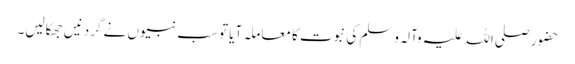
حضور صلی اللہ علیہ وآلہ وسلم کی نبوت کا معاملہ آیا تو سب نبیوں نے گردنیں جھکالیں۔